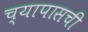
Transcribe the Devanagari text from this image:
च्यापासची